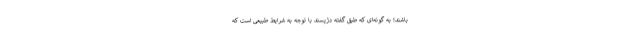
باشند؛ به گونه‌ای که طبق گفته دژپسند با توجه به شرایط طبیعی است که